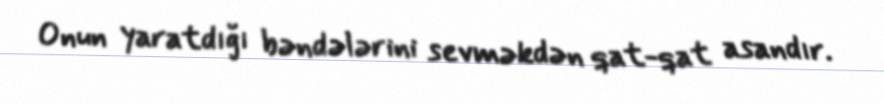
Onun yaratdığı bəndələrini sevməkdən qat-qat asandır.